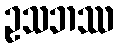
ဥသဘဿ